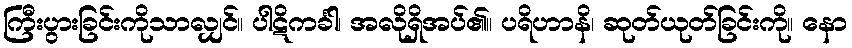
ကြီးပွားခြင်းကိုသာလျှင်။ ပါဋိကင်္ခါ၊ အလိုရှိအပ်၏။ ပရိဟာနိ၊ ဆုတ်ယုတ်ခြင်းကို။ နော